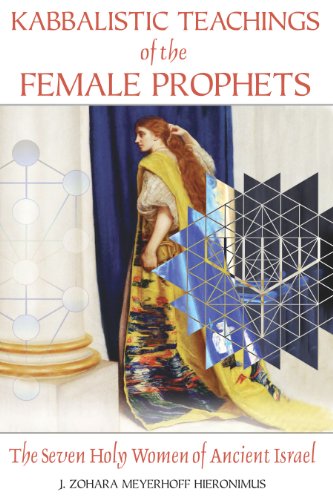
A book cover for Kabbalistic Teachings of the Female Prophets: The Seven Holy Women of Ancient Israel; J. Zohara Meyerhoff Hieronimus D.H.L.; Religion & Spirituality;